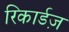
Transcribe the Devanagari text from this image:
रिकार्डज़